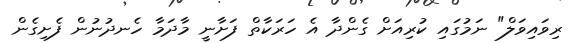
ރިވައިވަލް" ނަމުގައި ކުރިއަށް ގެންދާ އެ ހަރަކާތް ފަށާނީ މާދަމާ ހެނދުނުން ފެށިގެން